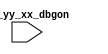
module cr_coretim_top_dummy(
  iu_yy_xx_dbgon
);

// &Ports; @24
input        iu_yy_xx_dbgon; 

// &Regs; @25

// &Wires; @26



// //&Force("input", "pad_ctim_refclk"); @29
// &Force("input", "iu_yy_xx_dbgon"); @30
// //&Force("output", "ctim_pad_int_vld"); @31

// &ModuleEnd; @33
endmodule